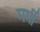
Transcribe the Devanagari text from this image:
मर्मी